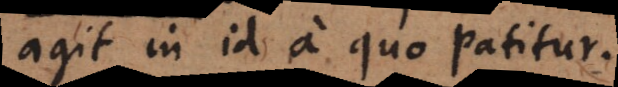
agit in id a quo patitur.